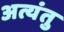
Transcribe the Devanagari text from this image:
अत्यंतु